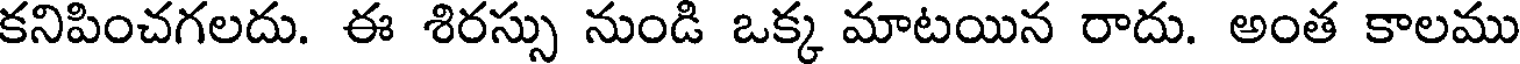
కనిపించగలదు. ఈ శిరస్సు నుండి ఒక్క మాటయిన రాదు. అంత కాలము